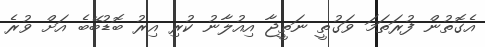
އެގޮތުން ފުރަތަމަ ވަގުތީ ނަތީޖާ އިއުލާނު ކުރި އިރު ބޮޑުބޭބެ އަށް ވުރެ